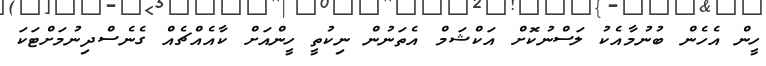
ހީން އެހެން ބުނުމާއެކު ލަސްނުކޮށް އަކްޝަމް އެތަނުން ނިކުތީ ހީންއަށް ކާއެއްޗެއް ގެނެސްދިނުމަށްޓަކަ